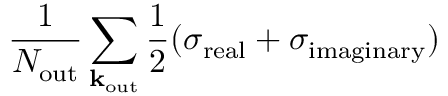
\frac { 1 } { N _ { \mathrm { o u t } } } \sum _ { \bf k _ { \mathrm { o u t } } } \frac { 1 } { 2 } ( \sigma _ { \mathrm { r e a l } } + \sigma _ { \mathrm { i m a g i n a r y } } )